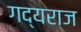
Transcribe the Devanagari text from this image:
गद्यराज